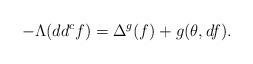
LaTeX: \begin{align*}-\Lambda(dd^cf)=\Delta^g(f) + g(\theta,df).\end{align*}